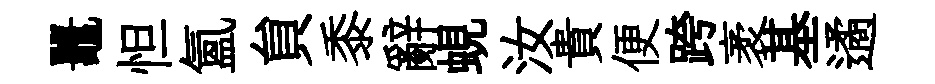
鼉怛氲貟黍辭蜆汝貴便跨袤基遹